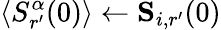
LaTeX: \langle S_{r^{\prime}}^{\alpha}(0)\rangle\gets\mathbf{S}_{i,r^{\prime}}(0)